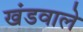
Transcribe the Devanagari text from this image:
खंडवाले